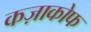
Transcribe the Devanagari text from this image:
कज़ाकोफ